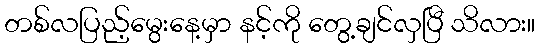
တစ်လပြည့်မွေးနေ့မှာ နင့်ကို တွေ့ချင်လှပြီ သိလား။